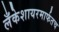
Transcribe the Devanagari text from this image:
लँकेशायरमार्फतच